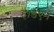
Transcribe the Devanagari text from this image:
हार्डएन